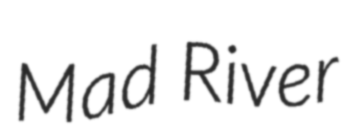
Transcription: Mad River